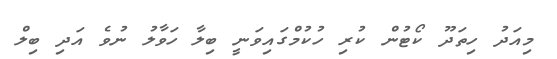
މިއަދު ހިތަދޫ ކޯޓުން ކުރި ހުކުމްގައިވަނީ ބިލާ ހަވާލު ނުވެ އަދި ބިލް